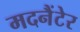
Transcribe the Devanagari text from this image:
मदनैंटेर